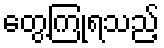
တွေ့ကြုံရသည့်